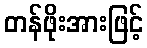
တန်ဖိုးအားဖြင့်